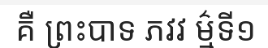
គឺ ព្រះបាទ ភវវ ម៌្មទី១